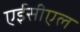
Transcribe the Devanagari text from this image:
एईसीएल